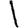
Digit: 1